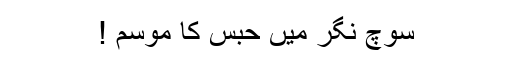
سوچ نگر میں حبس کا موسم !